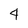
Character: 4